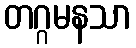
တဂ္ဂမနသာ